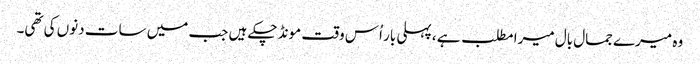
وہ میرے جمال بال میرا مطلب ہے ، پہلی بار اُس وقت مونڈ چکے ہیں جب میں سات دنوں کی تھی۔